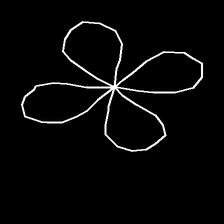
Glyph: billowing